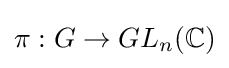
\pi :G\to GL_{n}(\mathbb {C} )